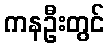
ကနဦးတွင်